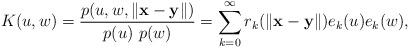
LaTeX: \begin{align*}K(u,w)=\frac{p(u,w,\left\Vert \mathbf{x}-\mathbf{y}\right\Vert )}{p(u)\ p(w)}=\sum_{k=0}^{\infty }r_{k}(\left\Vert \mathbf{x}-\mathbf{y}\right\Vert )e_{k}(u)e_{k}(w),\end{align*}